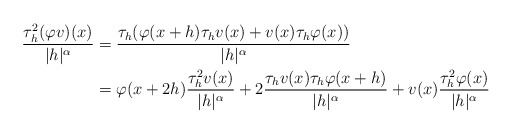
\begin{align*} \frac{\tau^2_h(\varphi v)(x)}{|h|^\alpha} & = \frac{\tau_h(\varphi(x+h) \tau_hv(x)+v(x) \tau_h\varphi(x))}{|h|^\alpha} \\ &=\varphi(x+2h)\frac{\tau^2_hv(x)}{|h|^\alpha}+2 \frac{\tau_hv(x)\tau_h\varphi(x+h)}{|h|^\alpha}+v(x) \frac{\tau^2_{h}\varphi(x)}{|h|^\alpha} \end{align*}